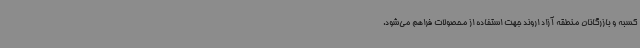
کسبه و بازرگانان منطقه آزاد اروند جهت استفاده از محصولات فراهم می‌شود.